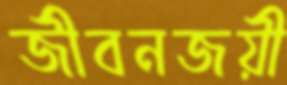
জীবনজয়ী